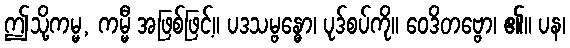
ဤသို့ကမ္မ, ကမ္မီ အဖြစ်ဖြင့်။ ပဒသမ္ဗန္ဓော၊ ပုဒ်စပ်ကို။ ဝေဒိတဗ္ဗော၊ ၏။ ပန၊